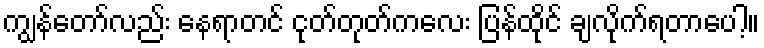
ကျွန်တော်လည်း နေရာတင် ငုတ်တုတ်ကလေး ပြန်ထိုင် ချလိုက်ရတာပေါ့။